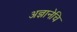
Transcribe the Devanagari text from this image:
अज्ञानेचि